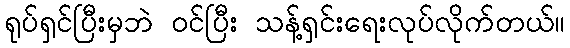
ရုပ်ရှင်ပြီးမှဘဲ ဝင်ပြီး သန့်ရှင်းရေးလုပ်လိုက်တယ်။